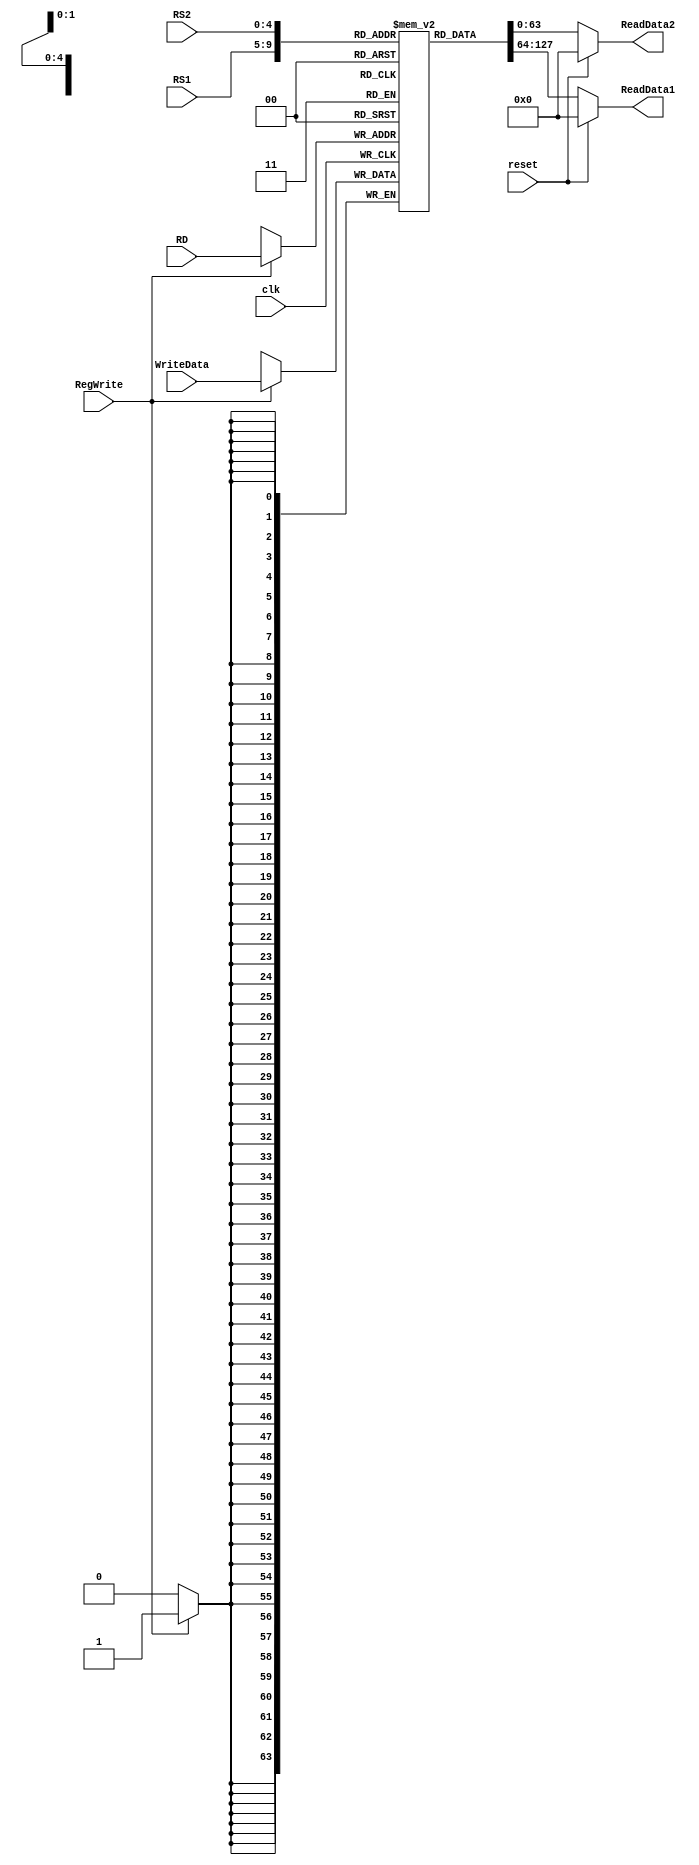
`timescale 1ns / 1ps
module registerFile(
    input [63:0] WriteData,
    input [4:0] RS1,
    input [4:0] RS2,
    input [4:0] RD,
    input RegWrite,
    input clk,
    input reset,
    output reg [63:0] ReadData1,
    output reg [63:0] ReadData2
 );
//initialize and fill registers depending on index
reg [63:0] Registers [31:0];

integer i;
initial begin
    for (i = 0; i < 32; i = i + 1) begin
        Registers[i] = 64'd0;
    end
end

//then perform write/reset/reading

always @(posedge clk) begin
    if (RegWrite == 1) Registers[RD] = WriteData;
end 
always @(*) begin
    if (reset == 1) begin
        ReadData1 = 64'd0; ReadData2 = 64'd0; end
    else begin
        ReadData1 = Registers[RS1]; ReadData2 = Registers[RS2]; 
    end
end
endmodule